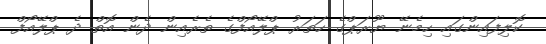
ކޮލިފައިންގައި ހިމެނޭ ޔޫރަޕްގެ ހަތަރު ޕްލޭއޯފްގެ ތެރެއިން ދެން އޮތް ދެ ޕްލޭއޯފް